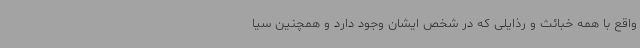
واقع با همه خبائث و رذایلی که در شخص ایشان وجود دارد و همچنین سیا